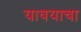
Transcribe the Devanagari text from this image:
यावयाचा